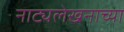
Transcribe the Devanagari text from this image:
नाट्यलेखनाच्या